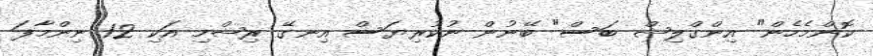
ކޮންމެހެން" އިންގްލިޝް ބަސް" ބޭނުން ނުކުރިޔަސް އިނގޭ ރިޝްމި އަކި 12 ނިންމާފަ